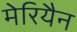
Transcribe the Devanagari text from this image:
मेरियैन